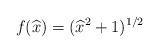
LaTeX: \begin{align*}f(\widehat x)=(\widehat x^2+1)^{1/2}\end{align*}